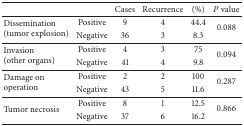
|  |  | Cases | Recurrence | (%) | P value |
 | --- | --- | --- | --- | --- | --- |
 | <ROWSPAN=2> Dissemination (tumor explosion) | Positive | 9 | 4 | 44.4 | <ROWSPAN=2> 0.088 |
 | Negative | 36 | 3 | 8.3 |
 | <ROWSPAN=2> Invasion (other organs) | Positive | 4 | 3 | 75 | <ROWSPAN=2> 0.094 |
 | Negative | 41 | 4 | 9.8 |
 | <ROWSPAN=2> Damage on operation | Positive | 2 | 2 | 100 | <ROWSPAN=2> 0.287 |
 | Negative | 43 | 5 | 11.6 |
 | <ROWSPAN=2> Tumor necrosis | Positive | 8 | 1 | 12.5 | <ROWSPAN=2> 0.866 |
 | Negative | 37 | 6 | 16.2 |